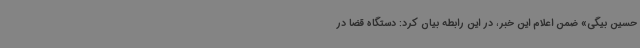
حسین بیگی» ضمن اعلام این خبر، در این رابطه بیان کرد: دستگاه قضا در